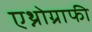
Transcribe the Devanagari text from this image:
एथ्नोग्राफी